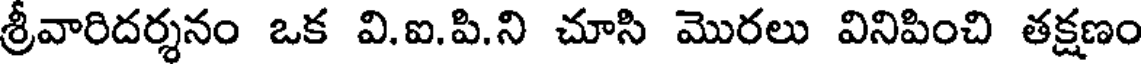
శ్రీవారిదర్శనం ఒక వి.ఐ.పి.ని చూసి మొరలు వినిపించి తక్షణం